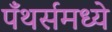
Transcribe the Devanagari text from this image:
पँथर्समध्ये